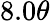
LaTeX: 8.0\theta